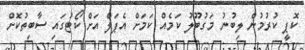
ކޮޕީ ކުރުމުން ލިބުނު މަގުބޫލު ކަމެއް ކަމަށް އެޕަލް އަށް ކޯޓުގައި ސާބިތުކޮށް